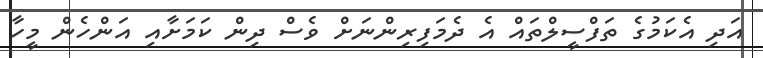
އަދި އެކަމުގެ ތަފްސީލްތައް އެ ދެމަފިރިންނަށް ވެސް ދިން ކަމަށާއި އަންހެން މީހާ